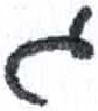
אות: ג